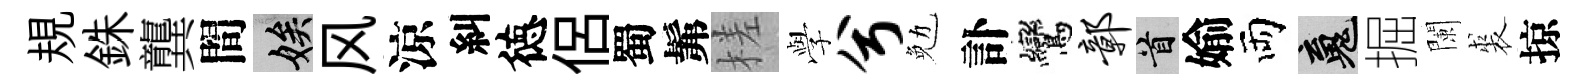
規銖龔間娭风涼糾徳侶蜀髴槎𫝯兮勉訃鸞鄣首媮両魂掘闌裘掠